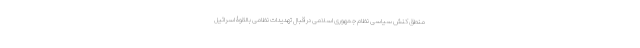
منطق کنش سیاسی نظام جمهوری اسلامی در قبال تهدیدات نظامی بالقوۀ اسرائیل